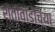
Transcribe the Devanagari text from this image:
शेतीवाडीच्या